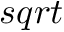
s q r t